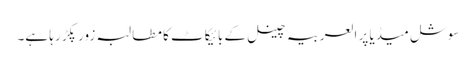
سوشل میڈیا پر العربیہ چینل کے بائیکاٹ کا مطالبہ زور پکڑ رہا ہے۔